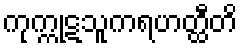
ကုက္ကုဋသူကရဟတ္ထီတိ